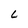
Character: L